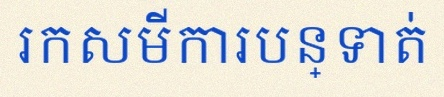
រកសមីការបន្ទាត់